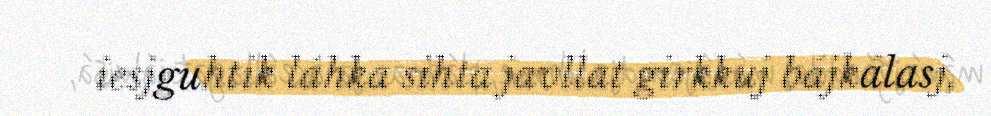
iesjguhtik láhka sihta javllat girkkuj bájkálasj,